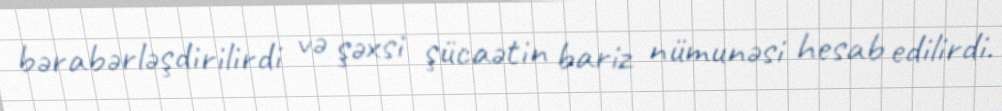
bərabərləşdirilirdi və şəxsi şücaətin bariz nümunəsi hesab edilirdi.